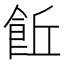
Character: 𩚨